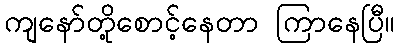
ကျနော်တို့စောင့်နေတာ ကြာနေပြီ။